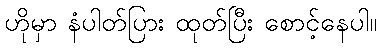
ဟိုမှာ နံပါတ်ပြား ထုတ်ပြီး စောင့်နေပါ။